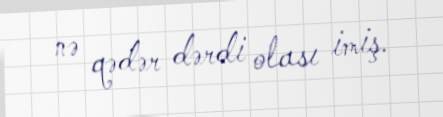
nə qədər dərdi olası imiş.